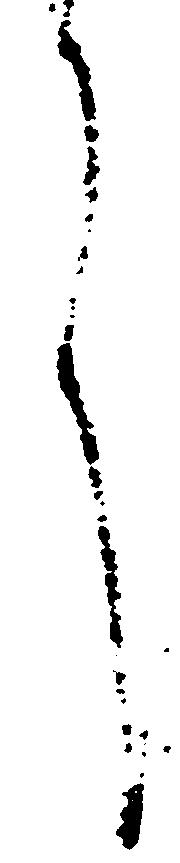
言